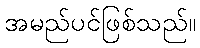
အမည်ပင်ဖြစ်သည်။